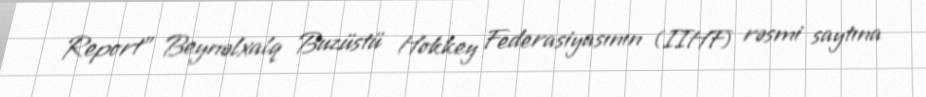
Report" Beynəlxalq Buzüstü Hokkey Federasiyasının (IIHF) rəsmi saytına